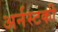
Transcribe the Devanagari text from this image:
अर्नस्टकी